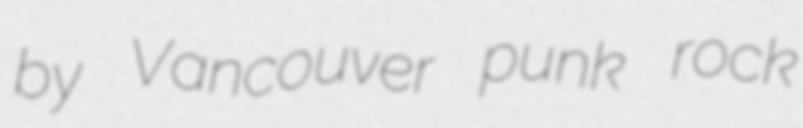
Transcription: by Vancouver punk rock